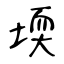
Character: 堧